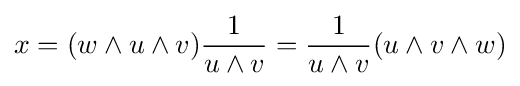
x=(w\wedge u\wedge v){\frac {1}{u\wedge v}}={\frac {1}{u\wedge v}}(u\wedge v\wedge w)